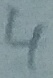
Text: 4